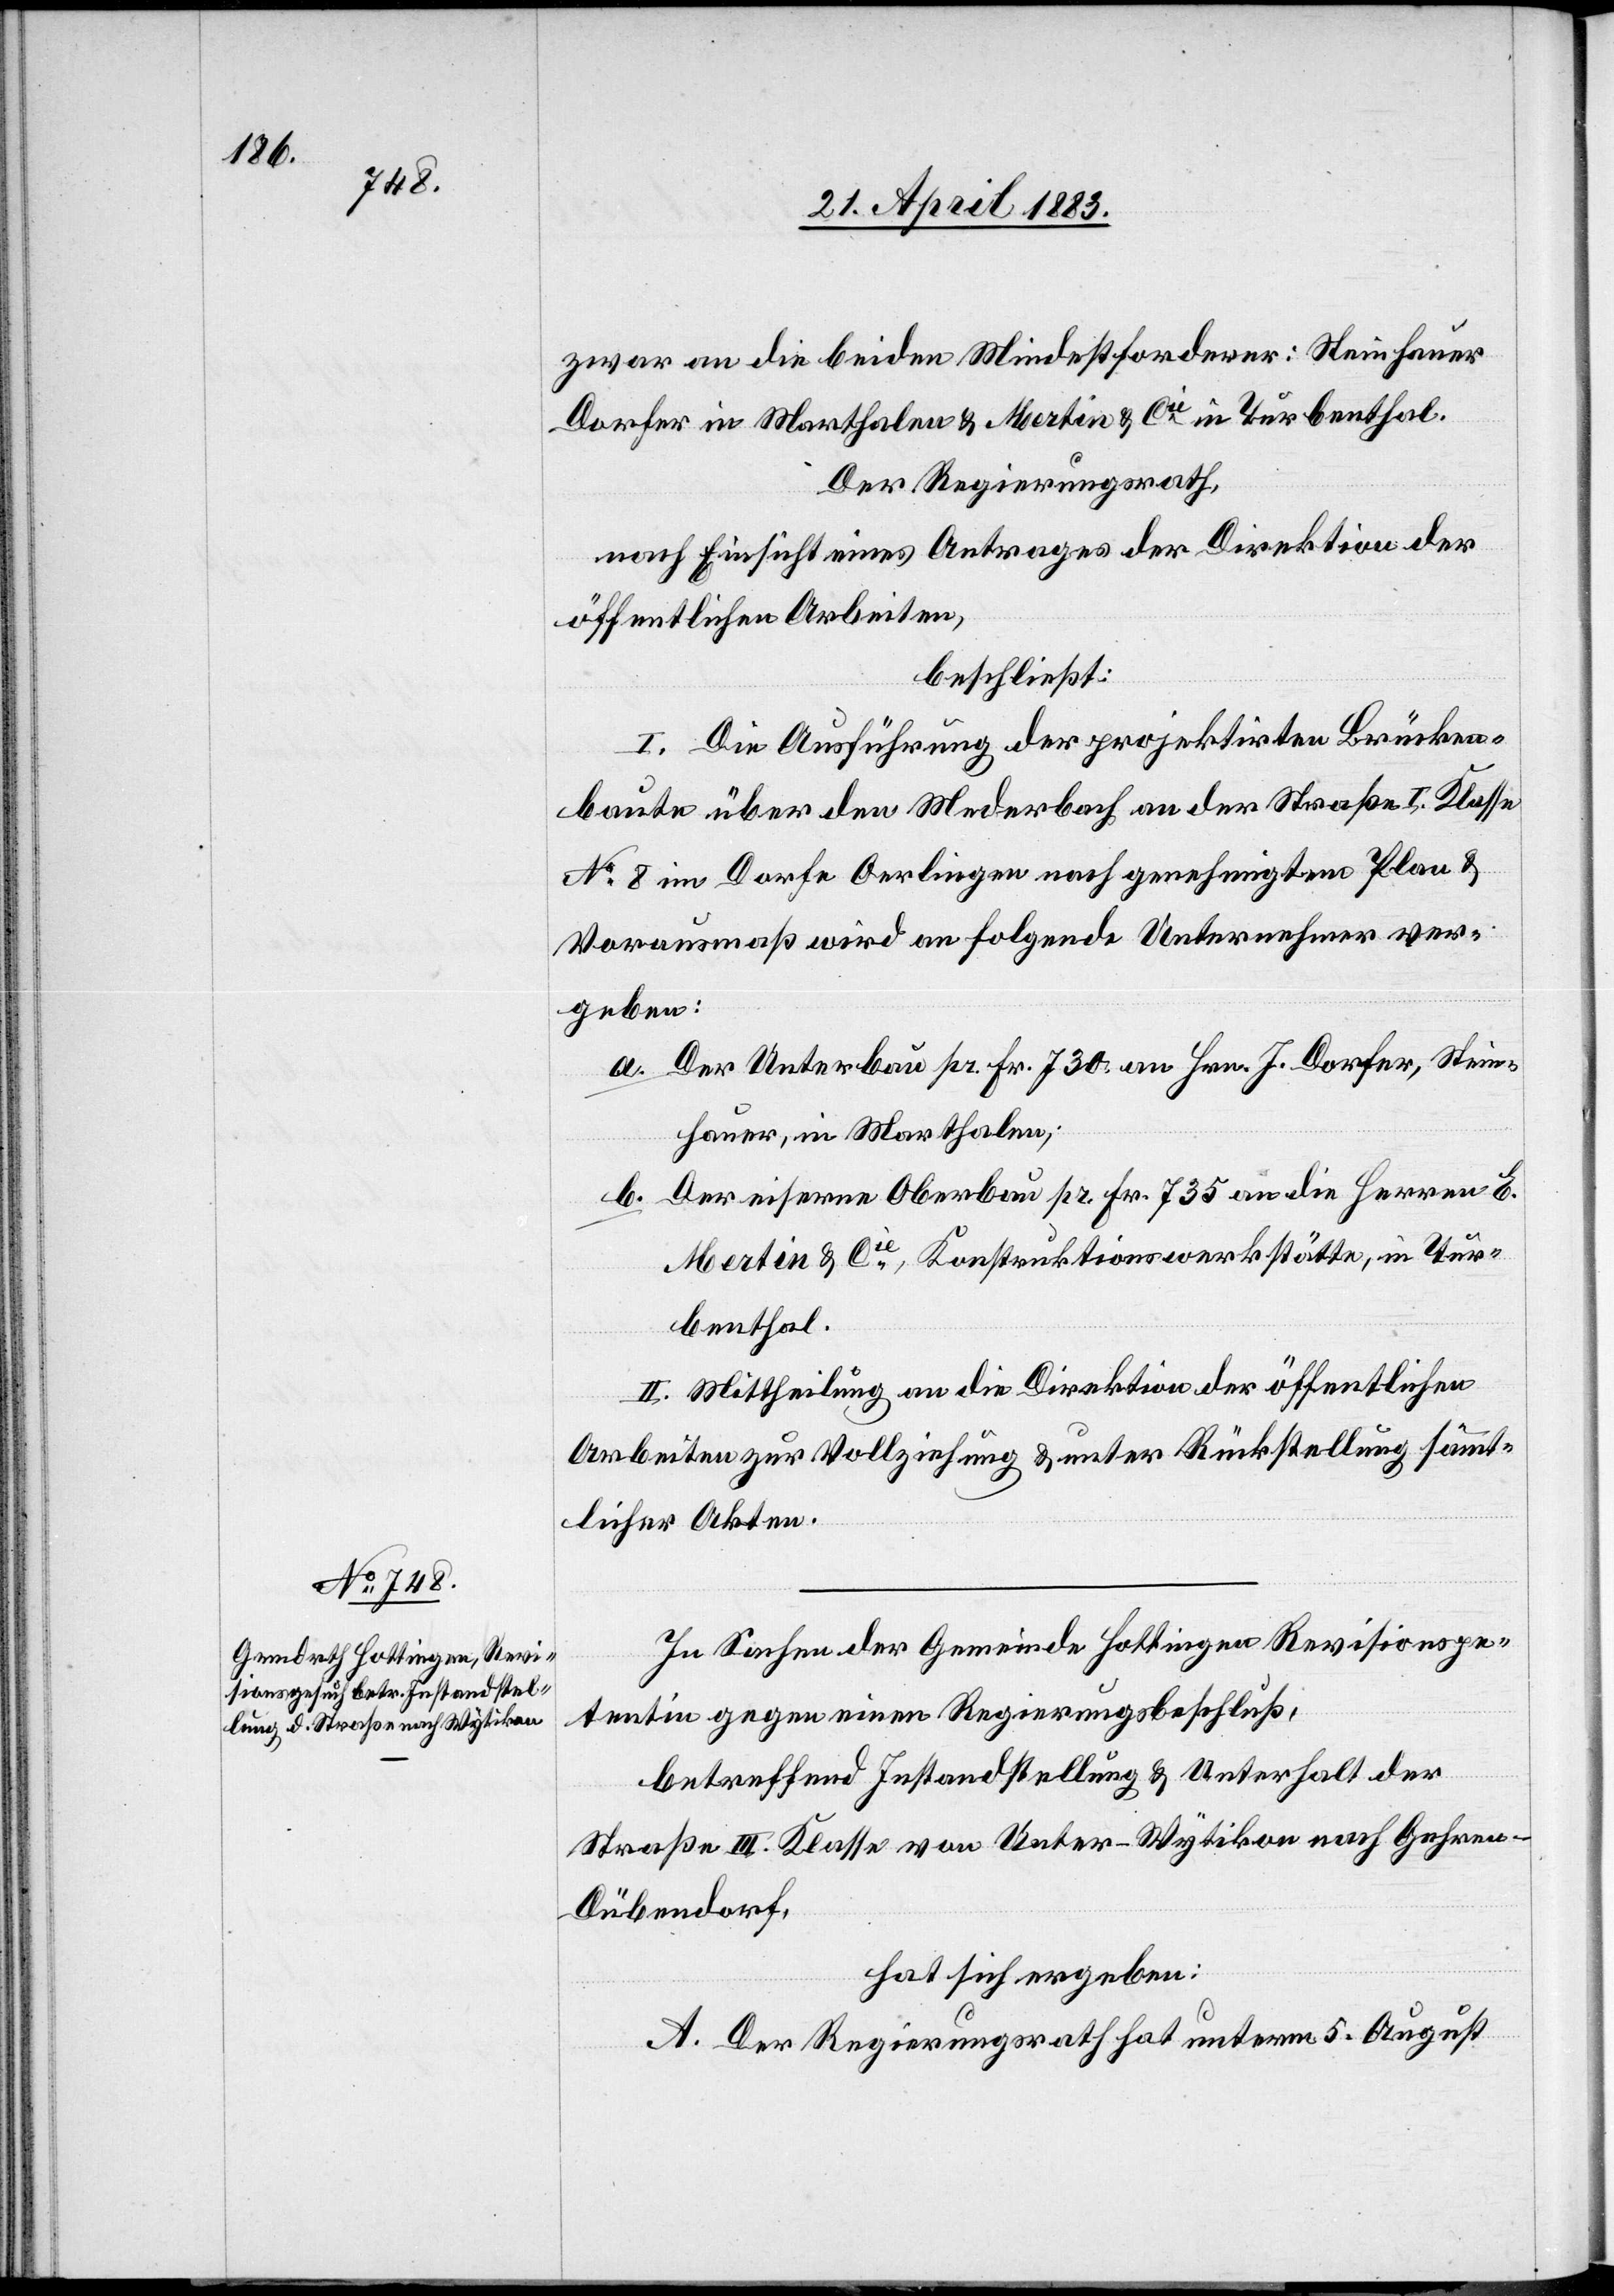
zwar an die beiden Mindestforderer: Steinhauer
Dorfer in Marthalen & Martin & Cie in Turbenthal.
Der Regierungsrath,
nach Einsicht eines Antrages der Direktion der
öffentlichen Arbeiten,
beschließt:
I. Die Ausführung der projektirten Brücken¬
baute über den Mederbach an der Straße I. Klasse
No 8 im Dorfe Oerlingen nach genehmigtem Plan &
Vorausmaß wird an folgende Unternehmer ver¬
geben:
a. Der Unterbau pr. Fr. 730 an Hrn. J. Dorfer, Stein¬
hauer, in Marthalen;
b. Der eiserne Oberbau pr. Fr. 735 an die Herren E.
Martin & Cie, Konstruktionswerkstätte, in Tur¬
benthal.
II. Mittheilung an die Direktion der öffentlichen
Arbeiten zur Vollziehung & unter Rückstellung sämmt¬
licher Akten.
In Sachen der Gemeinde Hottingen Revisionspe¬
tentin gegen einen Regierungsbeschluß,
betreffend Instandstellung & Unterhalt der
Straße III. Klasse von Unter-Wytikon nach Gehren
Dübendorf,
hat sich ergeben:
A. Der Regierungsrath hat unterm 5. August